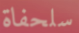
سلحفاة